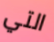
التي